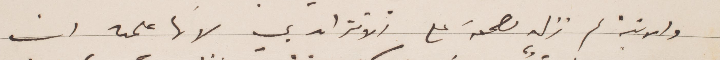
والانسة لم تزل مصممة على الاقتران بي لانها علمت ان